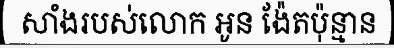
សាំងរបស់លោក អូន ង៉ែតប៉ុន្មាន